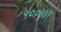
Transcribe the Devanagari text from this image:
५००७७९